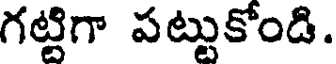
గట్టిగా పట్టుకోండి.